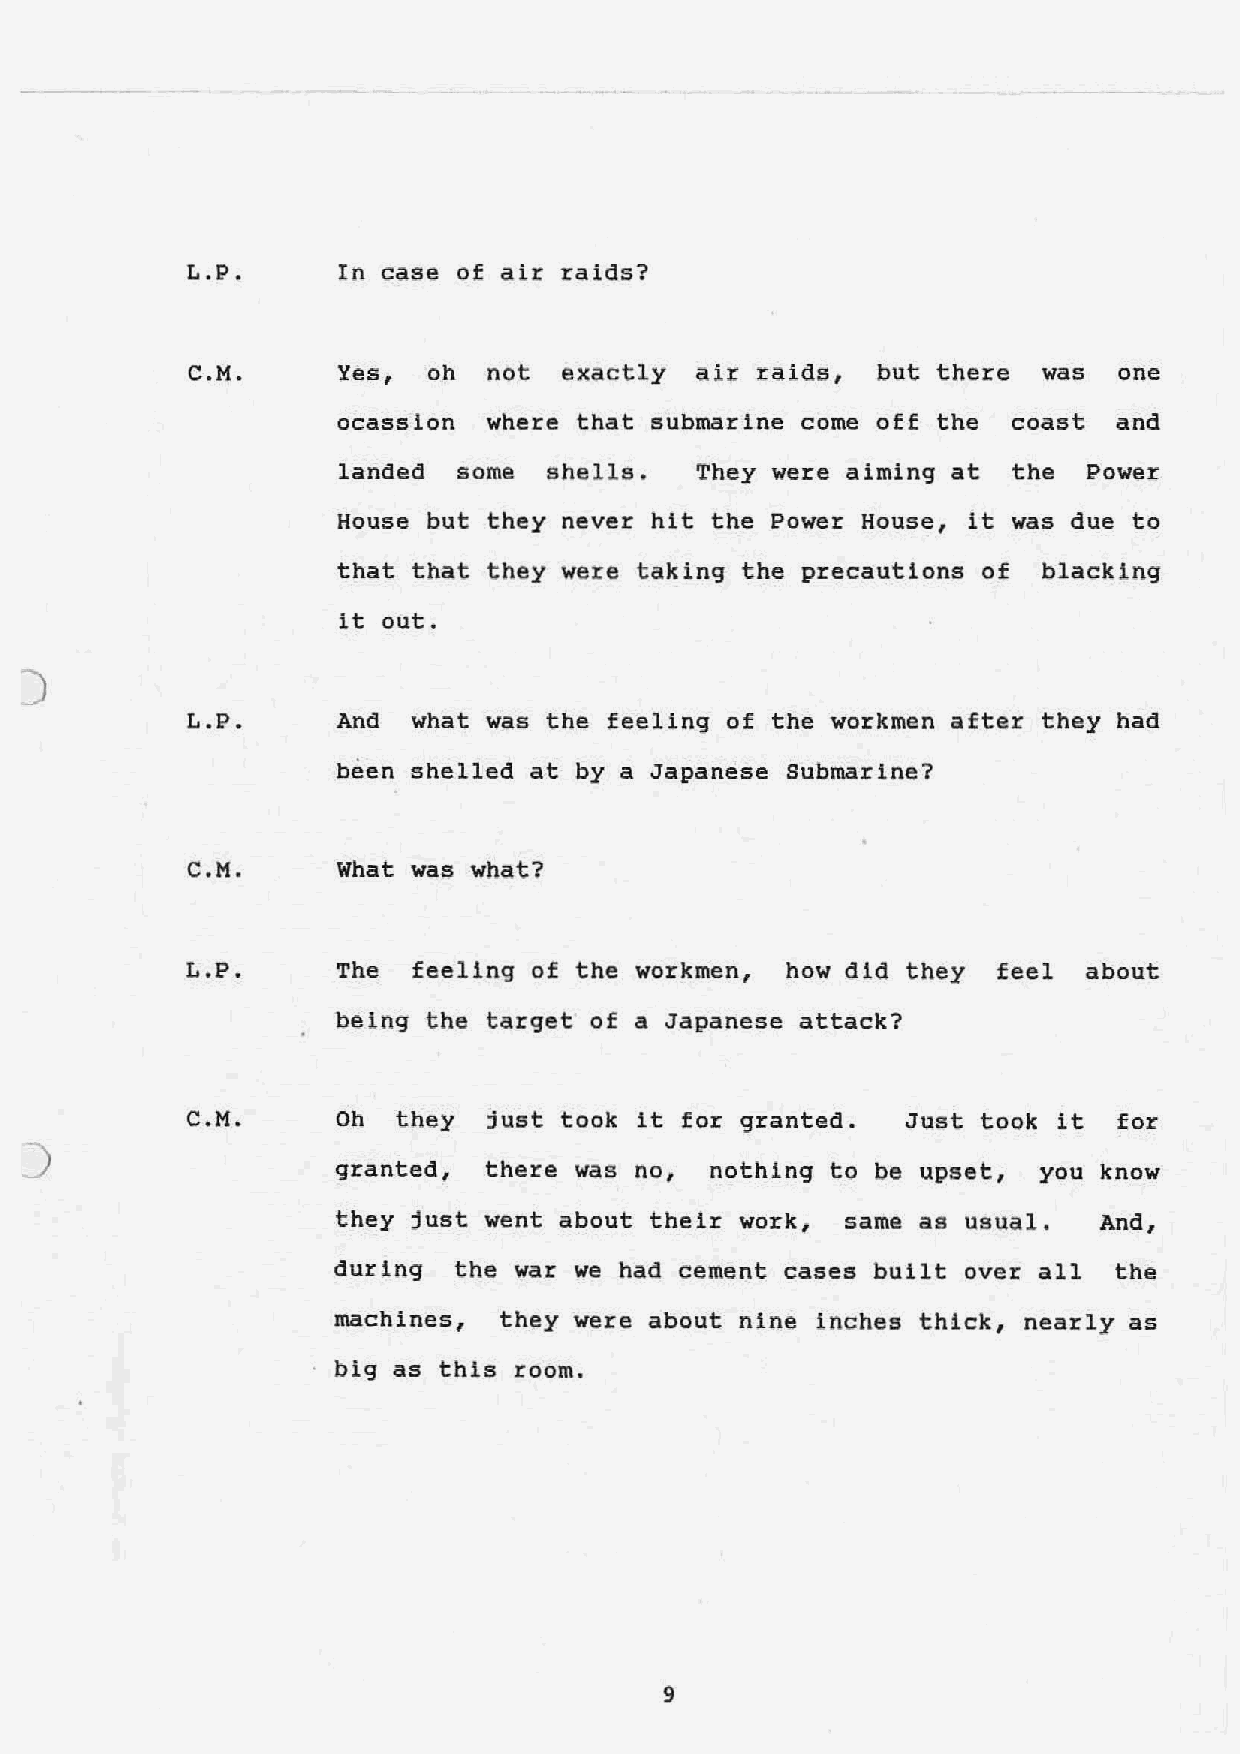
L.P.      In case of air raids?
 C.H.     Yes,  oh  not  exactly  air raids,  but there  was  one
 ocasslon  where that submarine come off the  coast  and
 landed some  shells.   They were aiming at  the  Power
 House but they never hit the Power House, it was due to
 that that they were taking the precautions of  blacking
 it out.
 )
 L.P.     And  what was the feeling of the workmen after they had
 been shelled at by a Japanese Submarine?
 C.H.      What was what?
 L.P.      The  feeling of the workmen,  how did they  feel  about
 being the target of a Japanese attack?
 C.H.      Oh  they  just took it for granted.   Just took it  for
 )
 granted,  there was no,  nothing to be upset,  you know
 they just went about their work,  same as usual.   And,
 during  the war we had cement cases built over all  the
 machines,  they were about nine inches thick, nearly as
 big as this room.
 9